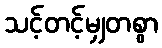
သင့်တင့်မျှတစွာ